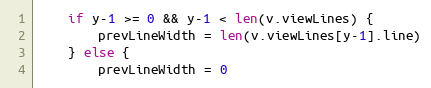
Language: Go
	if y-1 >= 0 && y-1 < len(v.viewLines) {
		prevLineWidth = len(v.viewLines[y-1].line)
	} else {
		prevLineWidth = 0